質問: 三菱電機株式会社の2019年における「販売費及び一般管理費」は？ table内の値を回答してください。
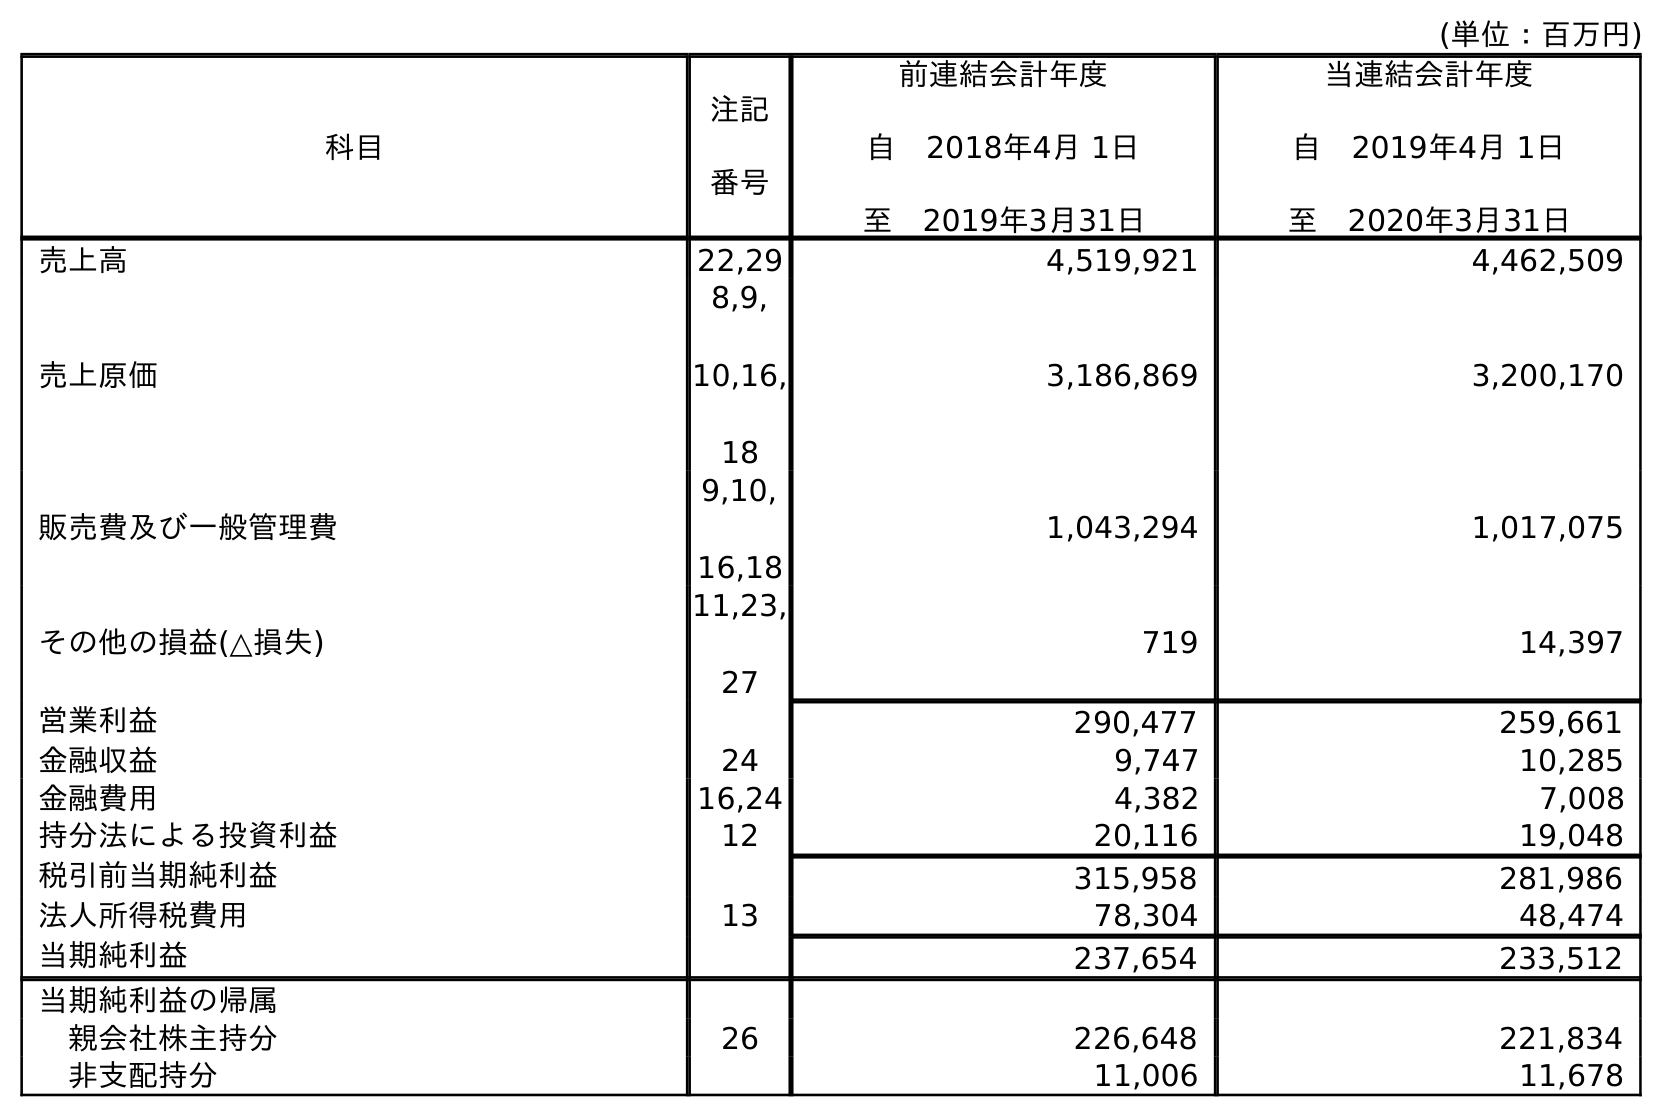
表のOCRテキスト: (単位：百万円) 科目 注記 番号 前連結会計年度 自 2018年4月 1日 至 2019年3月31日 当連結会計年度 自 2019年4月 1日 至 2020年3月31日 売上高 22,29 4,519,921 4,462,509 売上原価 8,9, 10,16, 18 3,186,869 3,200,170 販売費及び一般管理費 9,10, 16,18 1,043,294 1,017,075 その他の損益(△損失) 11,23, 27 719 14,397 営業利益 290,477 259,661 金融収益 24 9,747 10,285 金融費用 16,24 4,382 7,008 持分法による投資利益 12 20,116 19,048 税引前当期純利益 315,958 281,986 法人所得税費用 13 78,304 48,474 当期純利益 237,654 233,512 当期純利益の帰属 親会社株主持分 26 226,648 221,834 非支配持分 11,006 11,678
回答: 1,043,294